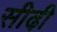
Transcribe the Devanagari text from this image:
सीढी़